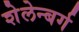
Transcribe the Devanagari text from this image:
शेलेन्बर्ग